Report on vaccination in Madras 1895-1903 - 1895-1903
Year: 1895
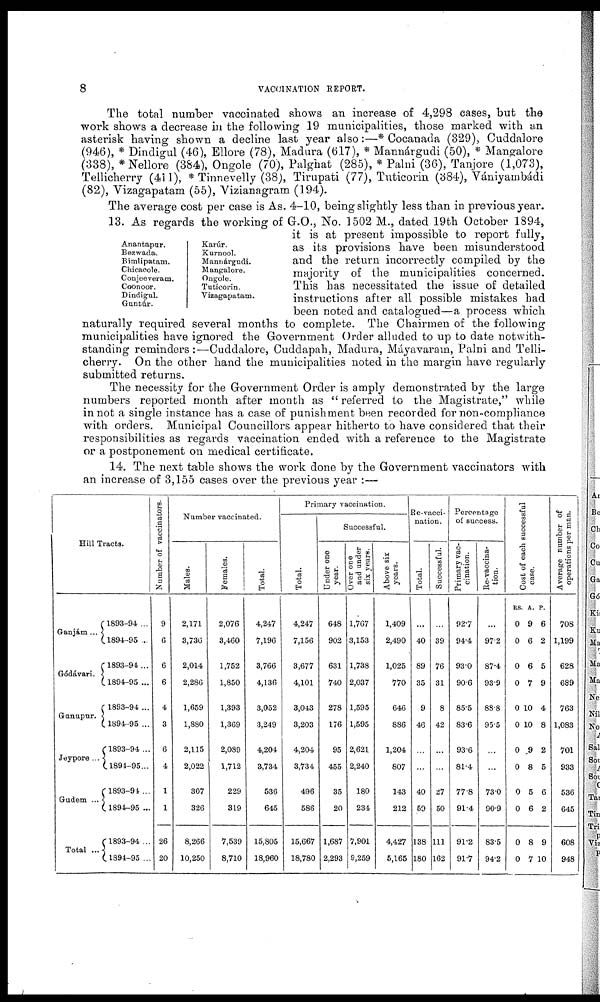
8
VACCINATION REPORT.
The total number vaccinated shows an increase of 4,298 cases, but the
work shows a decrease in the following 19 municipalities, those marked with an
asterisk having shown a decline last year also:—* Cocanada (329), Cuddalore
(946), * Dindigul (46), Ellore (78), Madura (617), * Mannárgudi (50), * Mangalore
(338), * Nellore (384), Ongole (70), Palghat (285), * Palni (36), Tanjore (1,073),
Tellicherry (411), * Tinnevelly (38), Tirupati (77), Tuticorin (384), Vániyambádi
(82), Vizagapatam (55), Vizianagram (194).
The average cost per case is As. 4-10, being slightly less than in previous year.
Anantapur.
Bezwada.
Bimlipatam.
Chicacole.
Conjeeveram.
Coonoor.
Dindigul.
Guntúr.
Karúr.
Kurnool.
Mannárgudi.
Mangalore.
Ongole.
Tuticorin.
Vizagapatam.
13. As regards the working of G.O., No. 1502 M., dated 19th October 1894,
it is at present impossible to report fully,
as its provisions have been misunderstood
and the return incorrectly compiled by the
majority of the municipalities concerned.
This has necessitated the issue of detailed
instructions after all possible mistakes had
been noted and catalogued—a process which
naturally required several months to complete. The Chairmen of the following
municipalities have ignored the Government Order alluded to up to date notwith-
standing reminders:—Cuddalore, Cuddapah, Madura, Máyavaram, Palni and Telli-
cherry. On the other hand the municipalities noted in the margin have regularly
submitted returns.
The necessity for the Government Order is amply demonstrated by the large
numbers reported month after month as " referred to the Magistrate," while
in not a single instance has a case of punishment been recorded for non-compliance
with orders. Municipal Councillors appear hitherto to have considered that their
responsibilities as regards vaccination ended with a reference to the Magistrate
or a postponement on medical certificate.
14. The next table shows the work done by the Government vaccinators with
an increase of 3,155 cases over the previous year :—
Hill Tracts.
Ganjám ...
Gódávari.
Gunupur.
Jeypore ...
Gudem ...
Total ...
1893-94 ...
1894-95 ...
1893-94...
1894-95 ...
1893-94 ...
1894-95 ...
1893-94 ...
1894-95...
1893-94...
1894-95 ...
1893-94 ...
1894-95 ...
Number of vaccinators.
9
6
6
6
4
3
6
4
1
1
26
20
Number vaccinated.
Males.
2,171
3,730
2,014
2,286
1,659
1,880
2,115
2,022
307
326
8,266
10,250
Females.
2,076
3,460
1,752
1,850
1,393
1,369
2,089
1,712
229
319
7,539
8,710
Total.
4,247
7,196
3,766
4,136
3,052
3,249
4,204
3,734
536
645
15,805
18,960
Primary vaccination.
Total.
4,247
7,156
3,677
4,101
3,043
3,203
4,204
3,734
496
586
15,667
18,780
Successful.
Under one
year.
648
902
631
740
278
176
95
455
35
20
1,687
2,293
Over one
and under
six years.
1,767
3,153
1,738
2,037
1,595
1,595
2,621
2,240
180
234
7,901
9,259
Above six
years.
1,409
2,490
1,025
770
646
886
1,204
807
143
212
4,427
5,165
Re-vacci¬
nation.
Total.
...
40
89
35
9
46
...
...
40
59
138
180
Successful.
...
39
76
31
8
42
...
...
27
50
111
162
Percentage
of success.
Primary vac-
cination.
92.7
94.4
93.0
90.6
85.5
83.6
93.6
81.4
77.8
91.4
91.2
91.7
Re-vaccina-
tion.
...
97.2
87.4
93.9
88.8
95.5
...
...
73.0
90.9
83.5
94.2
Cost of each successful
case.
RS.
0
0
0
0
0
0
0
0
0
0
0
0
A.
9
6
6
7
10
10
9
8
5
6
8
7
P.
6
2
5
9
4
8
2
5
6
2
9
10
Average number of
operations per man.
708
1,199
628
689
763
1,083
701
933
536
645
608
948